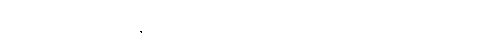
ကြီးသူဆဲဆို ထန်းငုတ်တိုသို့ ဖြစ်တတ်ကြောင်း ဥပမာ ဂါထာ